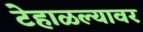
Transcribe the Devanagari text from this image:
टेहाळल्यावर